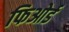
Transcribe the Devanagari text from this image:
फिओर्ड